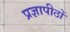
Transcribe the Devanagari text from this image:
प्रज्ञापीठों